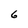
Character: 6